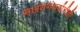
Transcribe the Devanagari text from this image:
मलयगंधर्वाचीही